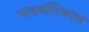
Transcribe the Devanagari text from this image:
भावार्थनिरूपण